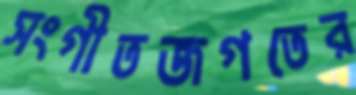
সংগীতজগতের